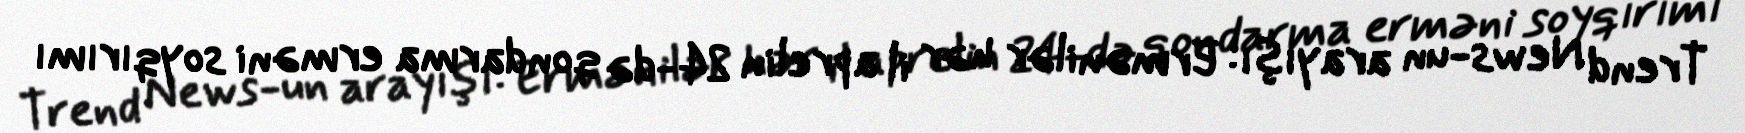
Trend News-un arayışı: Ermənilər hər il aprelin 24-də qondarma erməni soyqırımı